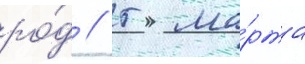
ро́д // 5 ма́рта